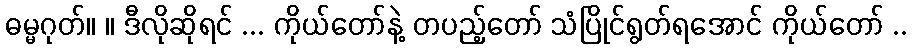
ဓမ္မဂုတ်။ ။ ဒီလိုဆိုရင် ... ကိုယ်တော်နဲ့ တပည့်တော် သံပြိုင်ရွတ်ရအောင် ကိုယ်တော် ..